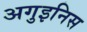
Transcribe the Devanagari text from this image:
अगुइनिस